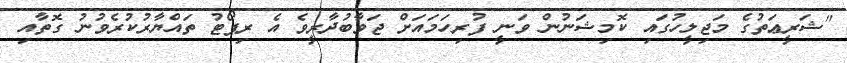
"ޝަރީޢަތުގެ މަޖިލީހުގައި ކޮމިޝަނުން ވަނީ ފުރިހަމައަށް ޖަވާބުދާރީވެ އެ ރިޕޯޓު ތައްޔާރުކުރެވުނު ގޮތާއި